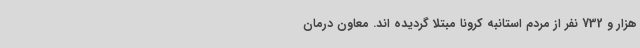
هزار و 732 نفر از مردم استانبه کرونا مبتلا گردیده اند. معاون درمان